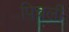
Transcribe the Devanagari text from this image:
पिचली